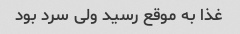
غذا به موقع رسید ولی سرد بود